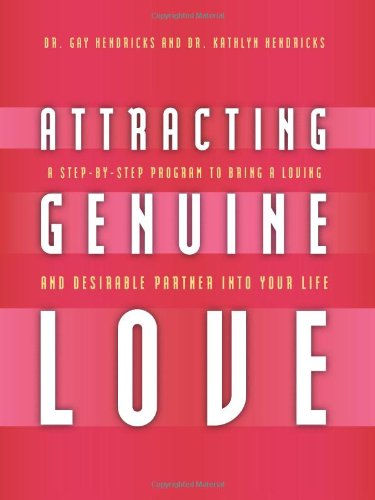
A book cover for Attracting Genuine Love: A Step-By-Step Program to Bringing a Loving and Desirable Partner into Your Life; Gay Hendricks; Self-Help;